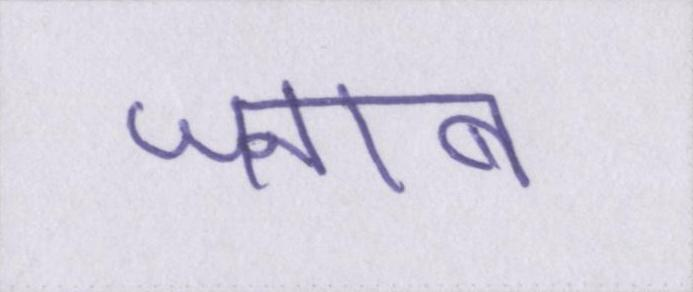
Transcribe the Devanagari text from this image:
जनाब